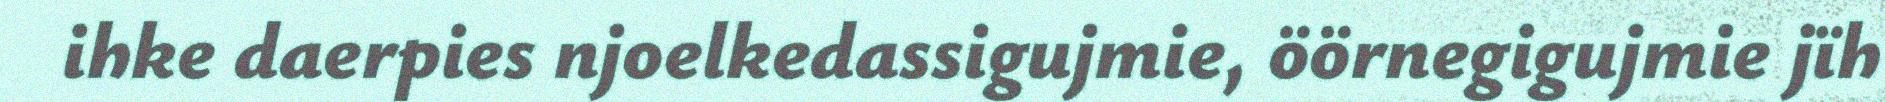
ihke daerpies njoelkedassigujmie, öörnegigujmie jïh